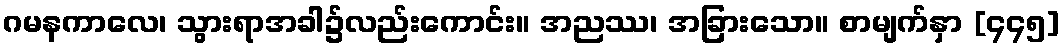
ဂမနကာလေ၊ သွားရာအခါ၌လည်းကောင်း။ အညဿ၊ အခြားသော။ စာမျက်နှာ [၄၄၅]